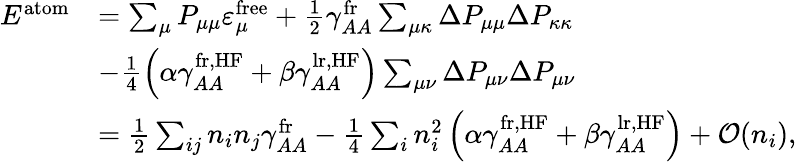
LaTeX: \begin{array}{rl}{E^{\mathrm{atom}}}&{=\sum_{\mu}P_{\mu\mu}\varepsilon_{\mu}^{\mathrm{free}}+\frac{1}{2}\gamma_{AA}^{\mathrm{fr}}\sum_{\mu\kappa}\Delta P_{\mu\mu}\Delta P_{\kappa\kappa}}\\ &{-\frac{1}{4}\left(\alpha\gamma_{AA}^{\mathrm{fr,HF}}+\beta\gamma_{AA}^{\mathrm{lr,HF}}\right)\sum_{\mu\nu}\Delta P_{\mu\nu}\Delta P_{\mu\nu}}\\ &{=\frac{1}{2}\sum_{ij}n_{i}n_{j}\gamma_{AA}^{\mathrm{fr}}-\frac{1}{4}\sum_{i}n_{i}^{2}\left(\alpha\gamma_{AA}^{\mathrm{fr,HF}}+\beta\gamma_{AA}^{\mathrm{lr,HF}}\right)+\mathcal{O}(n_{i}),}\end{array}